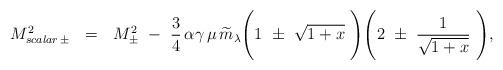
LaTeX: \begin{align*}M^2_{scalar\,\pm}~ ~=~~ M^2_{\pm} ~-~ {3 \over 4}\, \alpha \gamma\, \mu \,\widetilde{m}_\lambda \Bigg (1~ \pm ~ \sqrt {1+x}~ \Bigg ) \Bigg (2~\pm~ {1\over \sqrt {1+x}}~\Bigg),\end{align*}